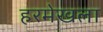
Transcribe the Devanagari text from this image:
हरमेखला